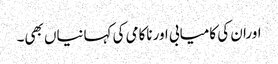
اوران کی کامیابی اورناکامی کی کہانیاں بھی۔